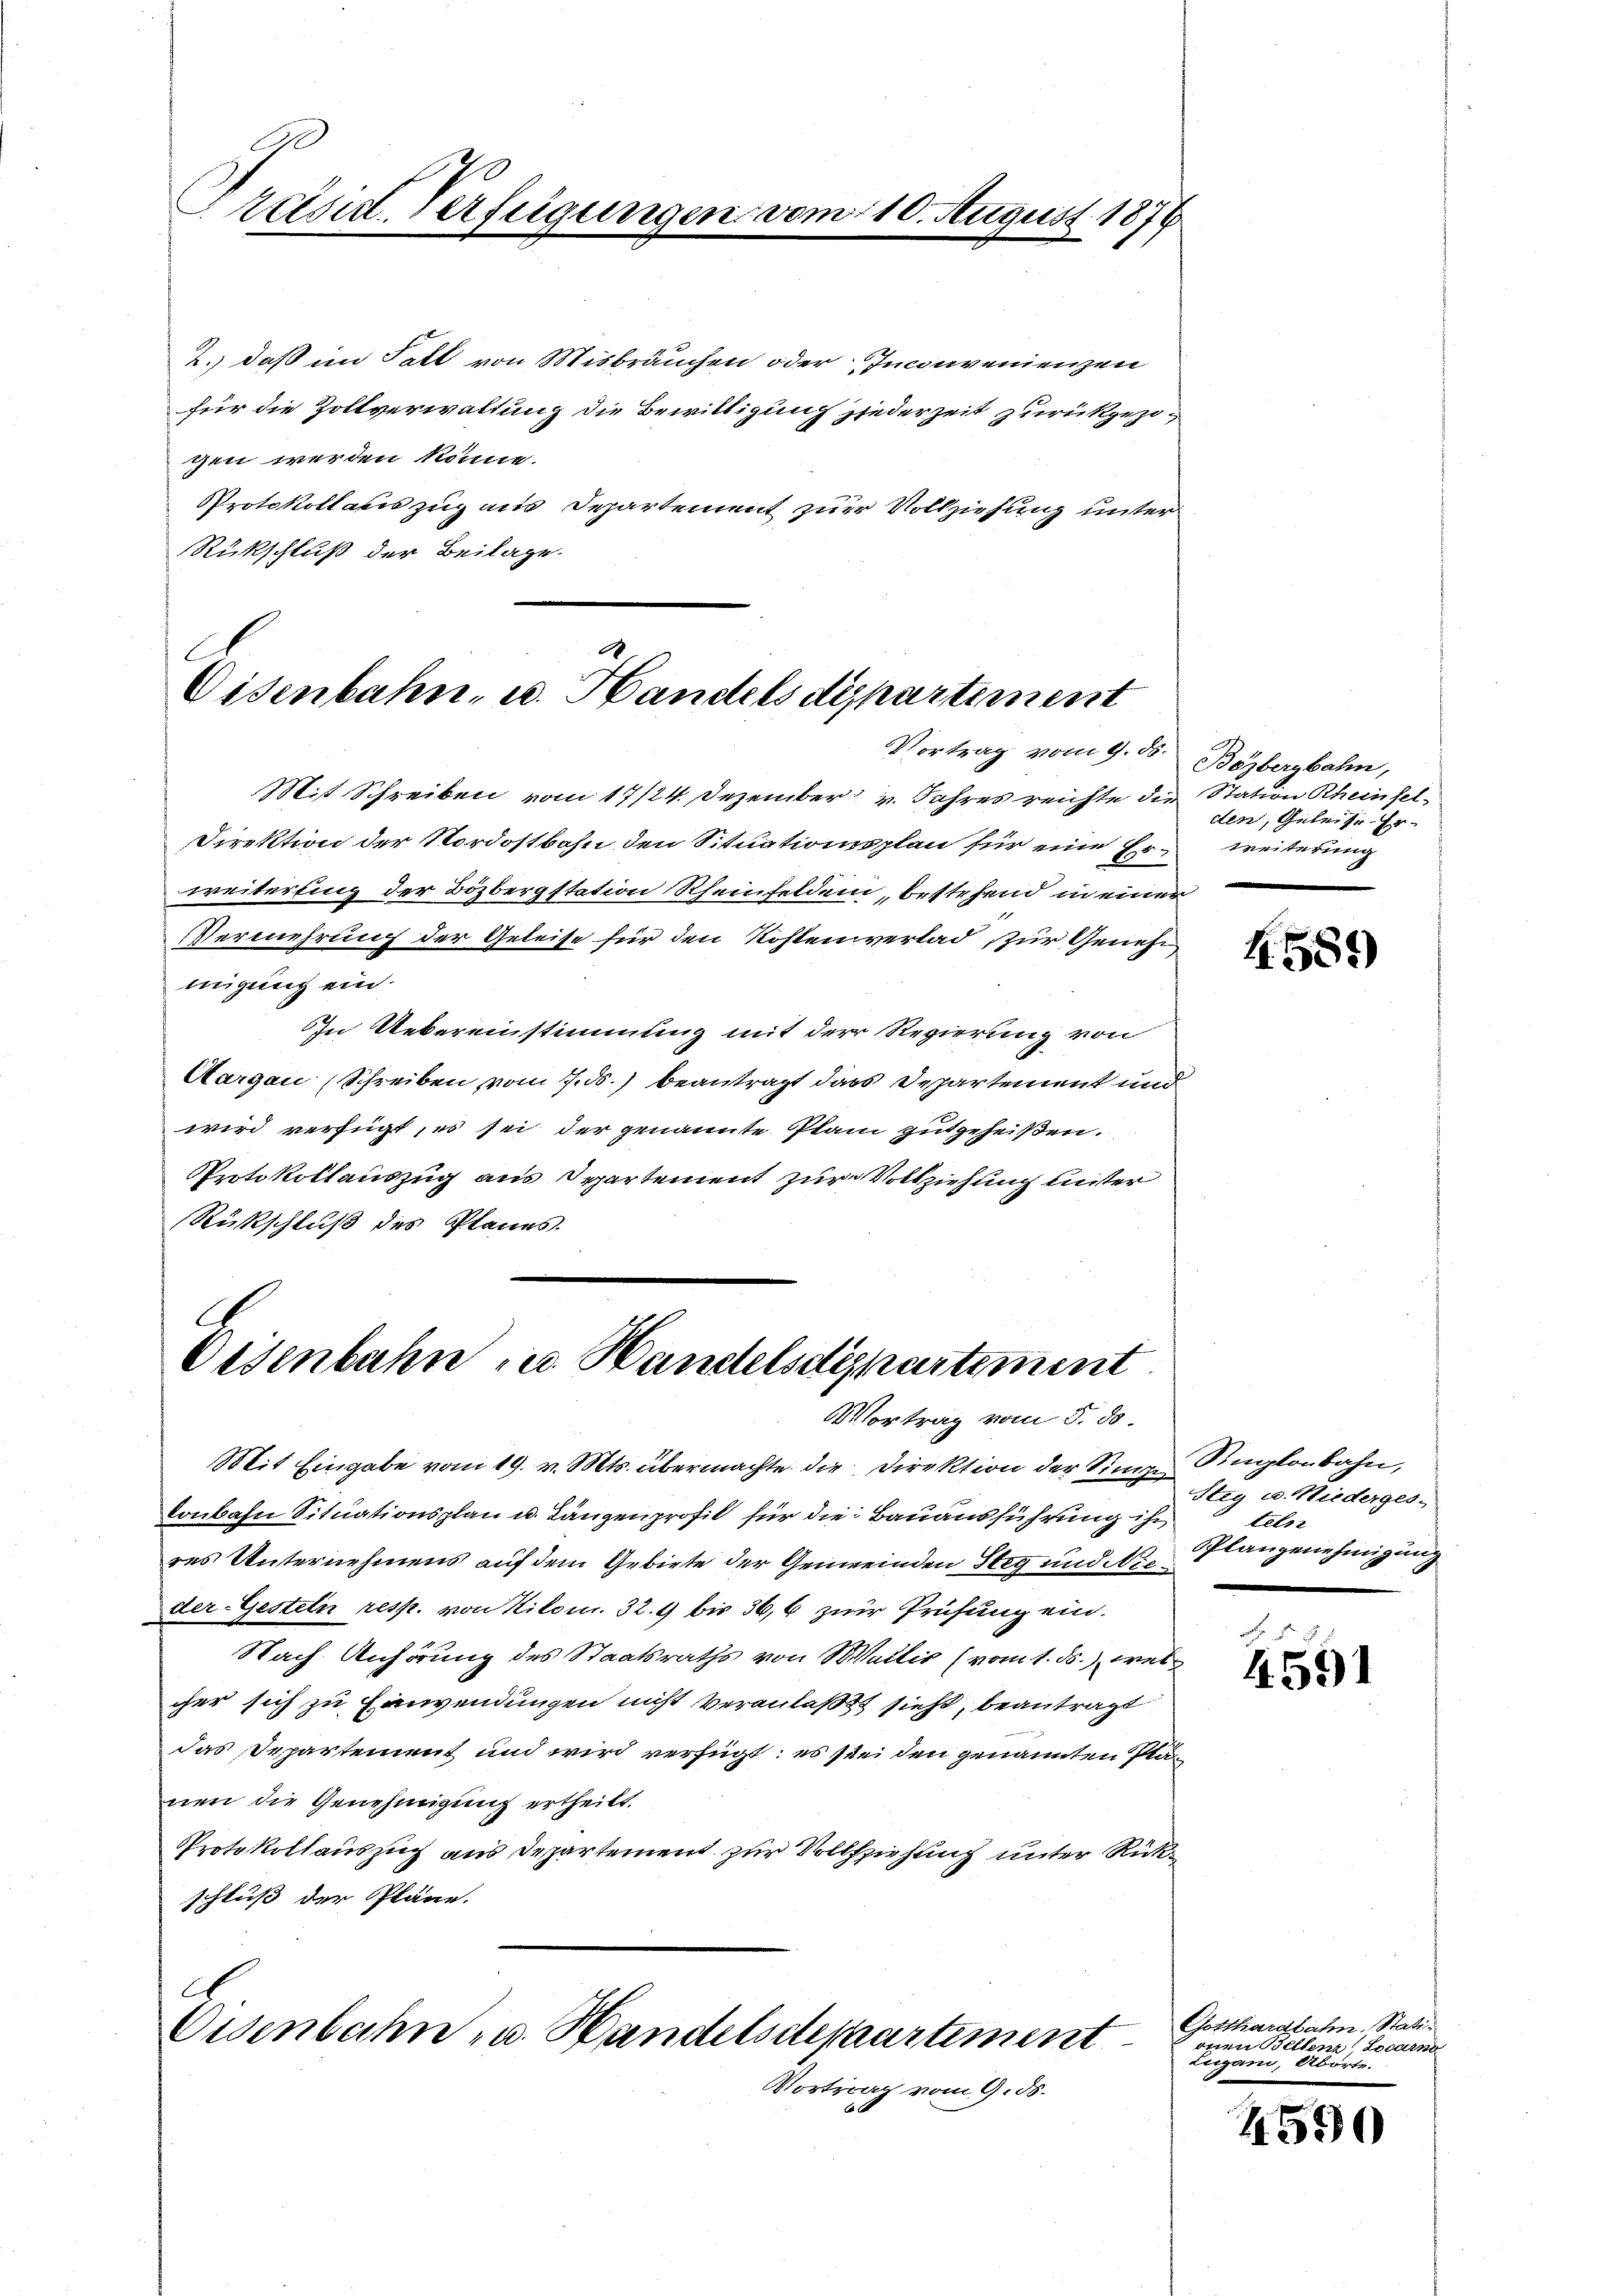
2.) daß im Fall von Misbräuchen oder Inconvenienzen
für die Zollverwaltung die Bewilligung jederzeit zurückgezogen werden könne.
Protokollaus zug aus Departement zur Vollziehung unter¬
Rückschluß der Beilage.

Präsid. Verfügungen u.

d
Eisenbahn, u. Handels dispartement
Vortrag vom 9. ds.

Mit Schreiben vom 17/24. Dezember v. Jahres reichte die Station Rheinfel¬
Direktion der Nordostbahn den Situationsplan für eine Erweiterung
weiterling der Bözbergstation Rheinfelden, bestehend in einer
VVermehrung der Geleise für den Kostenverlad zur Geneh
migung ein.
In Uebereinstimmung mit der Regierung von
Aargau (Schreiben vom 7. ds. beantragt dass Departement und
wird verfügt, es sei der genannte Plan gutgeheißen.
Protokollauszug aus Departement zur Vollziehung unter
Rückschluß des Planes.

A.
Eisenbahn u. Handelsdepartement
Vortrag vom 5. ds.

A
Eisenbahn- u. Handelsdepartement
Vortrag vom 9. ds.

August 1876

Mit Eingabe vom 19. v. Mts. übermachte die Direktion der Sinige Ringlenbahn,
Tonbahn Situationsplan u. Längenprofil für die Bauausführung ihr
res Unternehmens auf dem Gebiete der Gemeinden Steg und Nieder Gesteln resp. von Kilon. 32. 9 bis 36,6 zur Prüfung ein.
Nach Anhörung des Staatsraths von Wallis (vom 1. ds. welcher sich zu Einwendungen nicht veranlaßt sieht, beantragt
das Departement und wird verfügt: es sei den genannten Planen die Genehmigung ertheilt.
Protokollauszug aus Departement zur Vollziehung unter Rückschluß der Pläne.

Bözbergbahn,
den, Geleise Er¬

458)

Steg u. Niederges.
teln
Pplangenehmigung

4591

Gotthardbahn. Statio
onen Bellinz Locarno
Lugani, Aborte.

4590